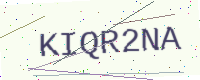
Text: KIQR2NA